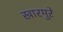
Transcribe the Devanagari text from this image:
खारमुरे